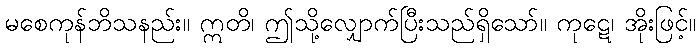
မစေကုန်ဘိသနည်း။ ဣတိ၊ ဤသို့လျှောက်ပြီးသည်ရှိသော်။ ကုဋေ၊ အိုးဖြင့်။